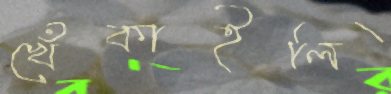
খেঁকাইলি